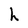
Character: h